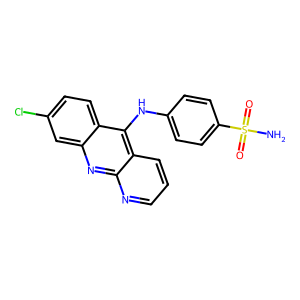
SMILES: NS(=O)(=O)c1ccc(Nc2c3ccc(Cl)cc3nc3ncccc23)cc1
Inhibits HIV replication: No